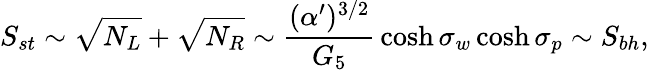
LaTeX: S_{st}\sim\sqrt{N_{L}}+\sqrt{N_{R}}\sim{\frac{(\alpha^{\prime})^{3/2}}{G_{5}}}\cosh\sigma_{w}\cosh\sigma_{p}\sim S_{bh},